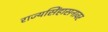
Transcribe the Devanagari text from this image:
राज्यसिंहासनावर